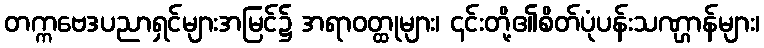
တက္ကဗေဒပညာရှင်များအမြင်၌ အရာဝတ္ထုများ၊ ၎င်းတို့၏စိတ်ပုံပန်းသဏ္ဌာန်များ၊